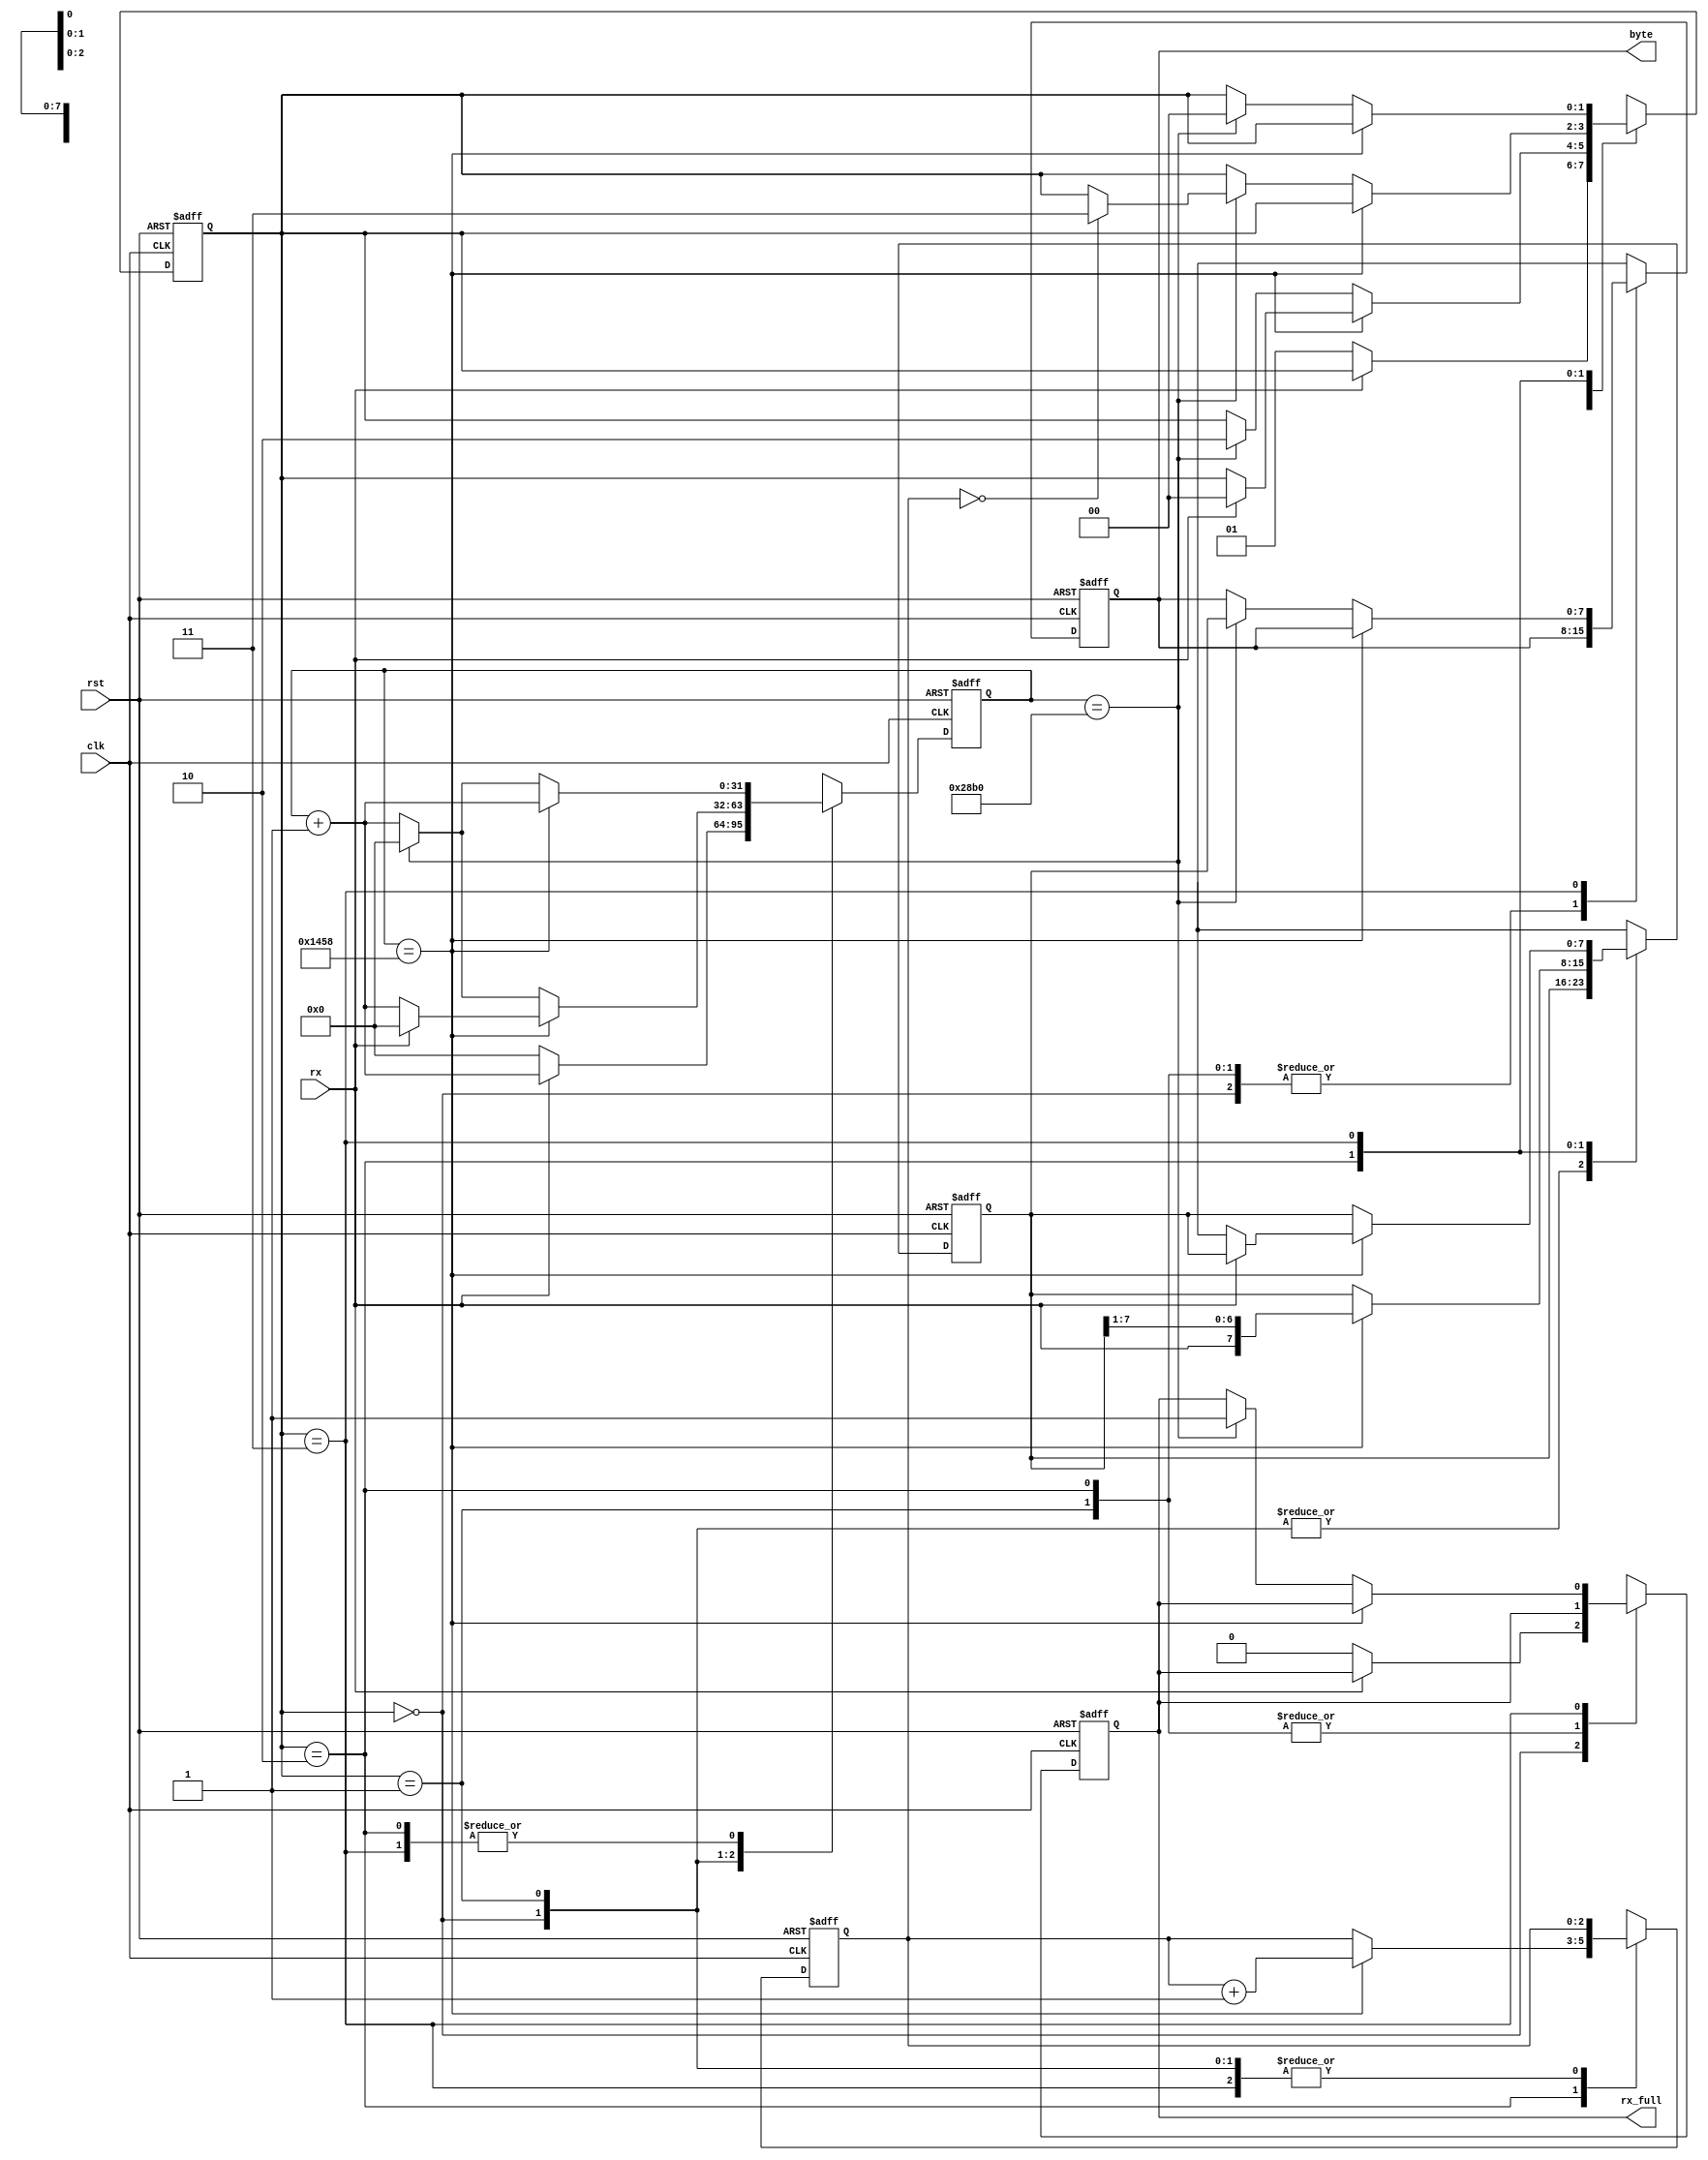
module uart_rx #(

    parameter BAUD = 9600
)(

    input clk,
    input rst,
    input rx,                  // uart data in line
    output rx_full,             // rx register full
    output [7:0] byte          // rx data output
);

    // state machine
    localparam MODE_IDLE = 2'b00;
    localparam MODE_START = 2'b01;
    localparam MODE_DATA = 2'b10;
    localparam MODE_STOP = 2'b11;

    // timing constants
    localparam FREQ = 32'd100_000_000;               // 100 MHz
    localparam UART_TICK = FREQ / BAUD;              // ticks per serial bit
    localparam SAMPLE_TICK = UART_TICK / 2;          // sample in middle of serial bit


    reg [1:0] mode, mode_next;
    reg [7:0] data, data_next, out, out_next;
    reg [2:0] data_cnt, data_cnt_next;
    reg rx_full_reg, rx_full_next;

    // very large timer to be safe...
    // ex. 100 MHz clock / 9600 baud = 10416 clock ticks per uart sample
    reg [31:0] tim, tim_next;

    assign byte = out;
    assign rx_full = rx_full_reg;

    always @(posedge clk or posedge rst) begin

        if (rst) begin
            mode <= MODE_IDLE;
            data <= 8'b0;
            out <= 8'b0;
            data_cnt <= 3'b0;
            tim <= 32'b0;
            rx_full_reg <= 1'b0;
        end
        else begin
            // update state
            tim <= tim_next;
            mode <= mode_next;
            data_cnt <= data_cnt_next;
            data <= data_next;
            out <= out_next;
            rx_full_reg <= rx_full_next;
        end
    end

    always @(*) begin

        // default next state logic
        tim_next = tim + 32'b1;
        mode_next = mode;
        data_next = data;
        out_next = out;
        data_cnt_next = data_cnt;
        rx_full_next = rx_full_reg;

        case (mode)

            MODE_IDLE:
            begin
                if (!rx) begin
                    tim_next = 32'b0;           // reset timer...
                    mode_next = MODE_START;     // start bit detected
                    rx_full_next = 1'b0;        // new byte to be received
                end
            end

            MODE_START:
            begin
                // if sampling tick...
                if (tim == SAMPLE_TICK) begin
                    if (rx) begin
                        tim_next = 32'b0;
                        mode_next = MODE_IDLE;  // if start bit not valid, fail
                    end
                end
                // if start bit valid and serial bit has elapsed...
                else if (tim == UART_TICK) begin  
                    tim_next = 32'b0;           // reset timer
                    mode_next = MODE_DATA;      // expect data
                end
            end

            MODE_DATA:
            begin
                // if sampling tick...
                if (tim == SAMPLE_TICK) begin
                    data_next = {rx, data_next[7:1]};          // lsb first
                    data_cnt_next = data_cnt + 3'b1;           // one more bit read in...
                end
                // else if serial bit time has elapsed...
                else if (tim == UART_TICK) begin     
                    tim_next = 32'b0;
                    // if all data bits are read in...
                    if (data_cnt_next == 3'b000)
                        mode_next = MODE_STOP;      // expect stop bit
                end
            end

            MODE_STOP:
            begin
                // if sampling tick...
                if (tim == SAMPLE_TICK) begin
                    // assert that it is a stop bit (1)
                    if (!rx)
                        data_next = {8{1'bx}};         // if stop bit not read, mark all data as don't cares (for testing)
                end
                // if timer has elapsed one serial bit...
                else if (tim == UART_TICK) begin
                    tim_next = 32'b0;
                    out_next = data_next;           // latch received data
                    mode_next = MODE_IDLE;          // end of transmission, idle
                    rx_full_next = 1'b1;            // byte received
                end
            end

        endcase
    end


endmodule